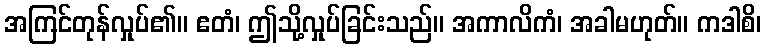
အကြင်တုန်လှုပ်၏။ ဧတံ၊ ဤသို့လှုပ်ခြင်းသည်။ အကာလိကံ၊ အခါမဟုတ်။ ကဒါစိ၊